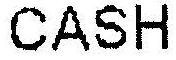
CASH